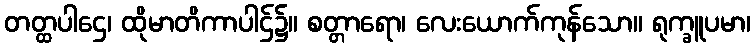
တတ္ထပါဌေ၊ ထိုမာတိကာပါဌ်၌။ စတ္တာရော၊ လေးယောက်ကုန်သော။ ရုက္ခူပမာ၊